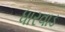
ધારવાડ